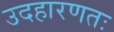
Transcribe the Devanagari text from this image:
उदहारणतः